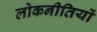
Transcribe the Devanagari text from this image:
लोकनीतियों